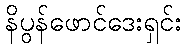
နိပွန်ဖောင်ဒေးရှင်း